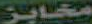
مخابز